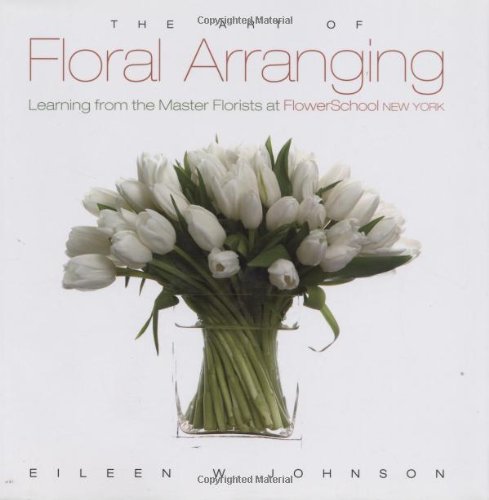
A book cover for Art of Floral Arranging, The: Learning from the Master Florists at Flower School New York; Eileen Johnson; Crafts, Hobbies & Home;